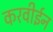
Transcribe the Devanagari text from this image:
करवीईन